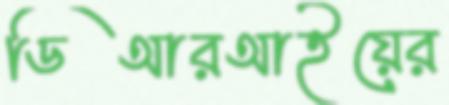
ডিআরআইয়ের